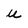
Character: u